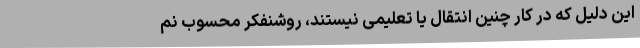
این دلیل که در کار چنین انتقال یا تعلیمی نیستند، روشنفکر محسوب نم